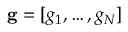
{ \bf g } = [ g _ { 1 } , \dots , g _ { N } ]